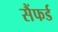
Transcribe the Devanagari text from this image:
सैंफर्ड